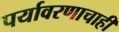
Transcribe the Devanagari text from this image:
पर्यावरणाचाही